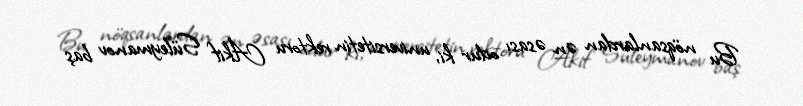
Bu nöqsanlardan ən əsası odur ki, universitetin rektoru Akif Süleymanov baş